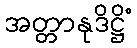
အတ္တာနုဒိဋ္ဌိံ